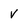
Character: v